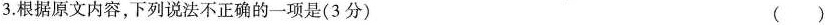
3.根据原文内容，下列说法不正确的一项是（3分） ()